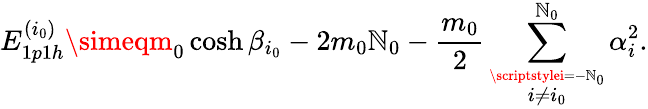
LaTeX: E_{1p1h}^{(i_{0})}\simeqm_{0}\cosh\beta_{i_{0}}-2m_{0}\mathbb{N}_{0}-\frac{{m_{0}}}{{2}}\sum_{\stackrel{\scriptstylei=-\mathbb{N}_{0}}{i\not{=}i_{0}}}^{\mathbb{N}_{0}}\alpha_{i}^{2}.